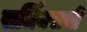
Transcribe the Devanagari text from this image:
सर्जियसची